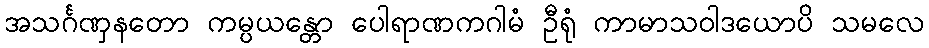
အသင်္ဂဏှနတော ကမ္ပယန္တော ပေါရာဏကဂါမံ ဦရုံ ကာမာသဝါဒယောပိ သမလေ